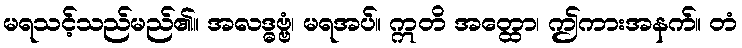
မရသင့်သည်မည်၏။ အလဒ္ဓဗ္ဗံ၊ မရအပ်။ ဣတိ အတ္ထော၊ ဤကားအနက်။ တံ